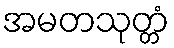
အမတသုတ္တံ